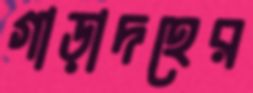
গাড়াদহের